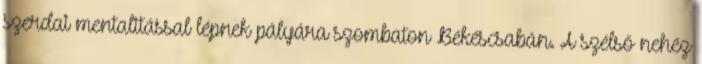
szerdai mentalitással lépnek pályára szombaton Békéscsabán. A szélső nehéz